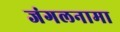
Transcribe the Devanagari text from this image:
जंगलनामा